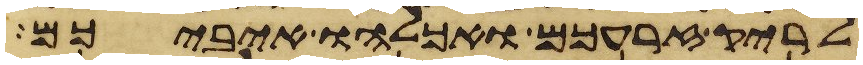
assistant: לריק זרעכם ואכלהו איביכם